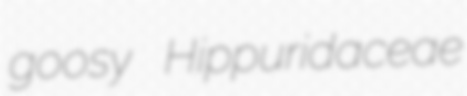
goosy Hippuridaceae